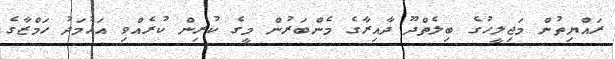
ރައްޔިތުން މަޖިލީހުގެ ބިލެތްދޫ ދާއިރާގެ މެންބަރުން މީގެ ކުރިން ކުރެއްވި އަހުމަދު ހަމްޒާގެ